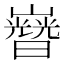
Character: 𡾡